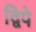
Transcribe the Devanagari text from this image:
द्विपे